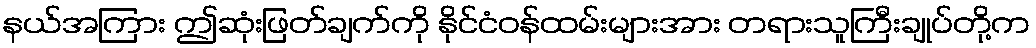
နယ်အကြား ဤဆုံးဖြတ်ချက်ကို နိုင်ငံဝန်ထမ်းများအား တရားသူကြီးချုပ်တို့က